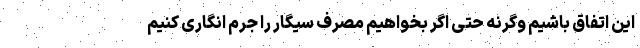
این اتفاق باشیم وگرنه حتی اگر بخواهیم مصرف سیگار را جرم انگاری کنیم